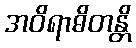
အဝိရာဓိတန္တိ